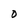
Character: o